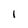
Character: 1